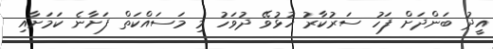
އީދު ބަންދަށް ފަހު ސަރުކާރު ހުޅުވޭ ދުވަހު މި މަސައްކަތް ފަށާނެ ކަމަށާއި